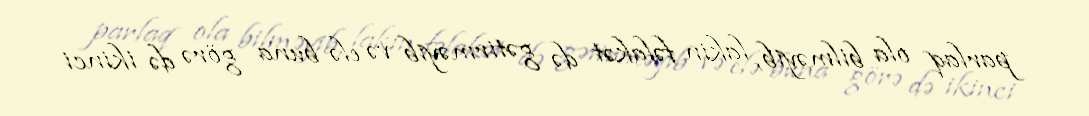
parlaq ola bilməyib, lakin fəlakət də gətirməyib və elə buna görə də ikinci